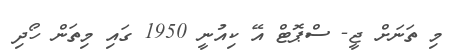
މި ތަނަށް ޖީ- ސްޕޮޓް އޭ ކިއުނީ 1950 ގައި މިތަން ހޯދި